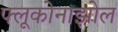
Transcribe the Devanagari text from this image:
फ्लूकोनाझोल